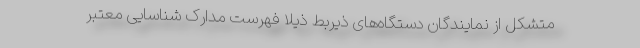
متشکل از نمایندگان دستگاه‌های ذیربط ذیلاً فهرست مدارک شناسایی معتبر